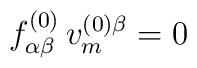
f_{\alpha\beta}^{(0)}\,v_m^{(0)\beta}=0